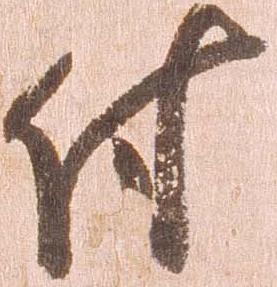
付